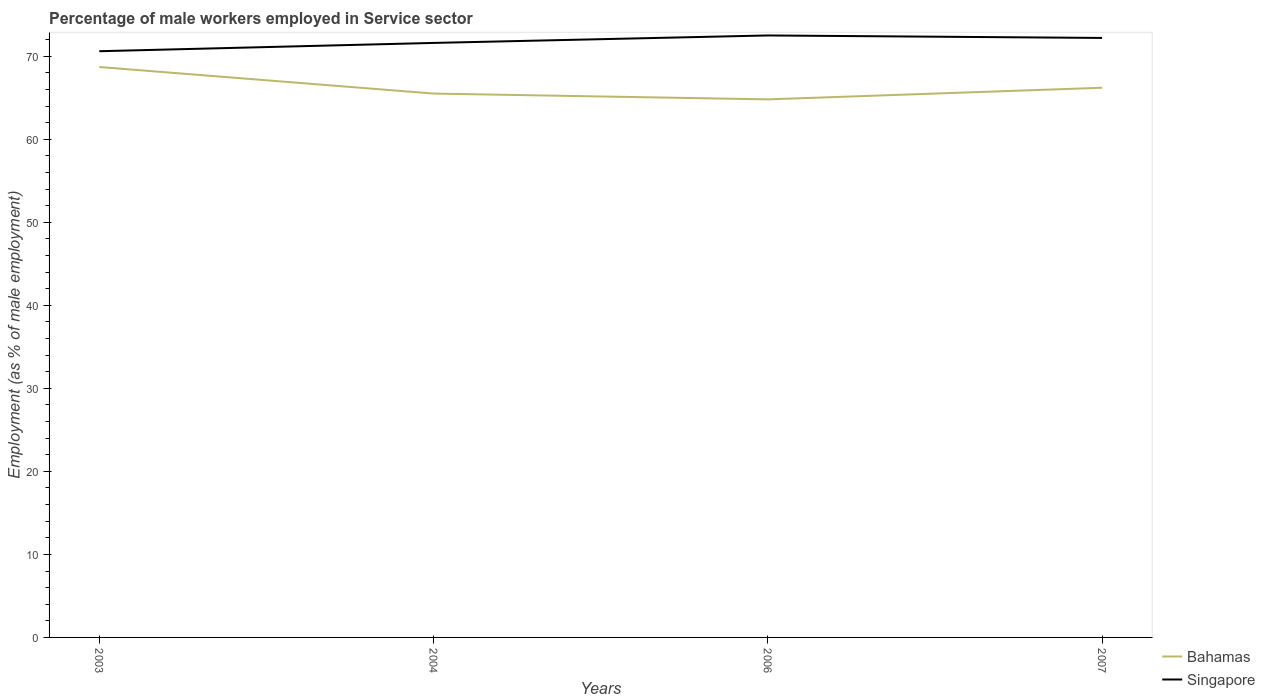
| Years | Bahamas | Singapore |
 | --- | --- | --- |
 | 2003 | 68.7 | 70.6 |
 | 2004 | 65.5 | 71.6 |
 | 2006 | 64.8 | 72.5 |
 | 2007 | 66.2 | 72.2 |